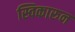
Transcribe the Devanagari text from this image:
स्विकारुन